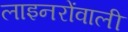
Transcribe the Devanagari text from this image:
लाइनरोंवाली